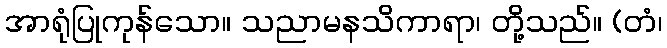
အာရုံပြုကုန်သော။ သညာမနသိကာရာ၊ တို့သည်။ (တံ၊